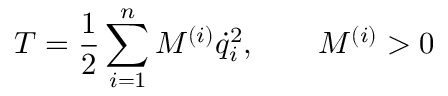
T = \frac { 1 } { 2 } \sum _ { i = 1 } ^ { n } M ^ { ( i ) } { \dot { q } } _ { i } ^ { 2 } , \qquad M ^ { ( i ) } > 0